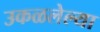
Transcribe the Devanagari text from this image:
उकळलेल्या